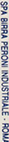
SPA BIRRA PREONI INDUSTRIALE . ROMA